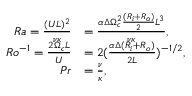
\begin{array} { r l } { R a = \frac { ( U L ) ^ { 2 } } { \nu \kappa } } & { = \frac { \alpha \Delta \Omega _ { c } ^ { 2 } \frac { ( R _ { i } + R _ { o } ) } { 2 } L ^ { 3 } } { \nu \kappa } , } \\ { R o ^ { - 1 } = \frac { 2 \Omega _ { c } L } { U } } & { = 2 ( \frac { \alpha \Delta ( R _ { i } + R _ { o } ) } { 2 L } ) ^ { - 1 / 2 } , } \\ { P r } & { = \frac { \nu } { \kappa } , } \end{array}